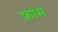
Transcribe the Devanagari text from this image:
फ़ांस